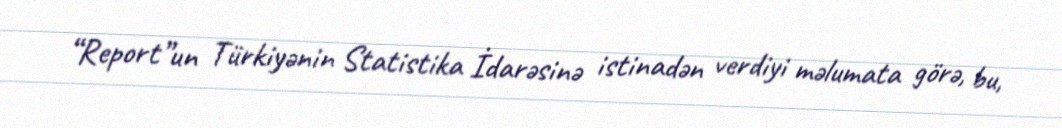
“Report”un Türkiyənin Statistika İdarəsinə istinadən verdiyi məlumata görə, bu,